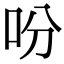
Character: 吩